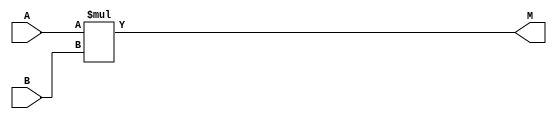
`timescale 1ns / 1ps
//////////////////////////////////////////////////////////////////////////////////
// Company: 
// Engineer: 
// 
// Design Name: 
// Module Name:    multiplier8bit 
// Project Name: 
// Target Devices: 
// Tool versions: 
// Description: 
//
// Dependencies: 
//
// Revision: 
// Revision 0.01 - File Created
// Additional Comments: 
//
//////////////////////////////////////////////////////////////////////////////////
module multiplier8bit(
    input [7:0] A,
    input [7:0] B,
    output [15:0] M
    );

assign M = A*B; 
endmodule